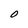
Character: O